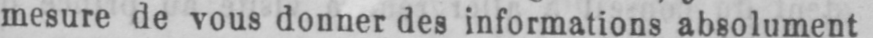
mesure de vous donner des informations absolument